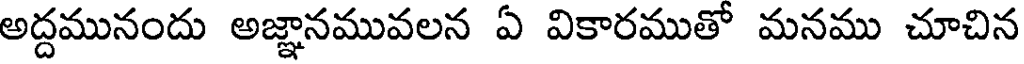
అద్దమునందు అజ్ఞానమువలన ఏ వికారముతో మనము చూచిన